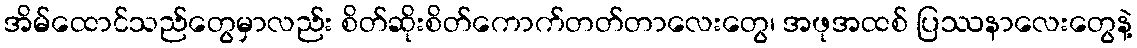
အိမ်ထောင်သည်တွေမှာလည်း စိတ်ဆိုးစိတ်ကောက်တတ်တာလေးတွေ၊ အဖုအထစ် ပြဿနာလေးတွေနဲ့